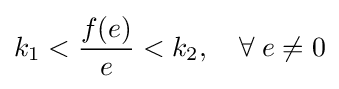
k_{1}<{\frac {f(e)}{e}}<k_{2},\quad \forall \;e\neq 0